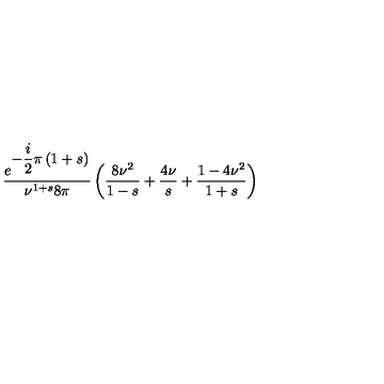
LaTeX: \begin{array} { c } { \displaystyle { \frac { e ^ { \displaystyle { - \frac { i } { 2 } \pi \left( 1 + s \right) } } } { { \nu } ^ { 1 + s } 8 \pi } } \left( \frac { 8 { \nu } ^ { 2 } } { 1 - s } + \frac { 4 \nu } { s } + \frac { 1 - 4 { \nu } ^ { 2 } } { 1 + s } \right) } \\ \end{array}